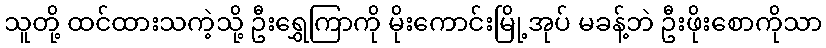
သူတို့ ထင်ထားသကဲ့သို့ ဦးရွှေကြာကို မိုးကောင်းမြို့အုပ် မခန့်ဘဲ ဦးဖိုးစောကိုသာ